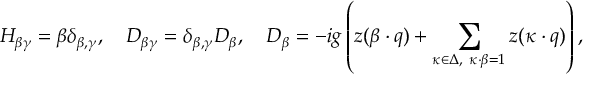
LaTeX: H _ { \beta \gamma } = \beta \delta _ { \beta , \gamma } , \quad D _ { \beta \gamma } = \delta _ { \beta , \gamma } D _ { \beta } , \quad D _ { \beta } = - i g \left( z ( \beta \cdot q ) + \sum _ { \kappa \in \Delta , \ \kappa \cdot \beta = 1 } z ( \kappa \cdot q ) \right) ,